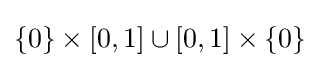
\{0\}\times [0,1]\cup [0,1]\times \{0\}